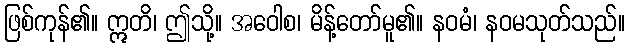
ဖြစ်ကုန်၏။ ဣတိ၊ ဤသို့။ အဝေါစ၊ မိန့်တော်မူ၏။ နဝမံ၊ နဝမသုတ်သည်။